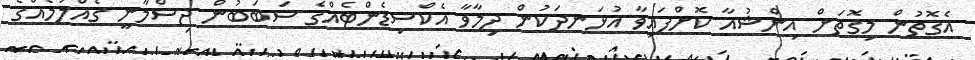
އެގޮތުން މިގޮތަށް އިންޝުއާ ކޮށްފައިވާ އުޅަނދަކުން ދިމާވާ އެކްސިޑެންޓެއްގެ ސަބަބުން ޖިސްމާނީ ގެއްލުމެއްގެ